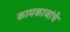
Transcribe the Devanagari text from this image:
कामकाजांचे